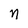
Character: n